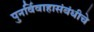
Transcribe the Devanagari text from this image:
पुनर्विवाहासंबंधीचे